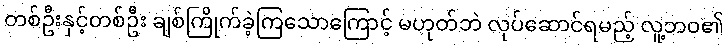
တစ်ဦးနှင့်တစ်ဦး ချစ်ကြိုက်ခဲ့ကြသောကြောင့် မဟုတ်ဘဲ လုပ်ဆောင်ရမည့် လူ့ဘဝ၏